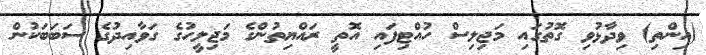
(އިންތި) ވިދާޅުވި ގޮތުގައި މަޖިލިސް ހުއްޓިފައި އޮތީ ރައްޔިތުންގެ މަޖިލީހުގެ ގަވާއިދުގެ ސަބަބަކުން